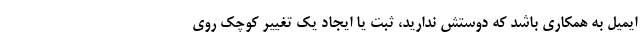
ایمیل به همکاری باشد که دوستش ندارید، ثبت یا ایجاد یک تغییر کوچک روی